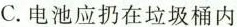
C.电池应扔在垃圾桶内